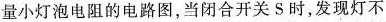
量小灯泡电阻的电路图，当闭合开关S时，发现灯不